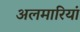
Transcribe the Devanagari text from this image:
अलमारियां